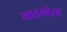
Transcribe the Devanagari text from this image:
माइमोसा